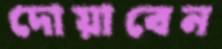
দোয়াবেন